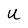
Character: W